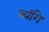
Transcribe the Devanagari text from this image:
व्यंगि